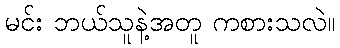
မင်း ဘယ်သူနဲ့အတူ ကစားသလဲ။